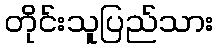
တိုင်းသူပြည်သား